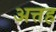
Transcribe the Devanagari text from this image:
अत्तह